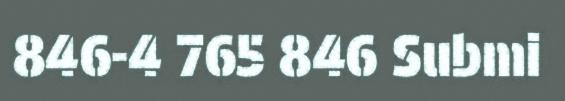
846-4 765 846 Submi